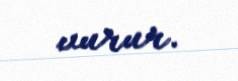
vurur.